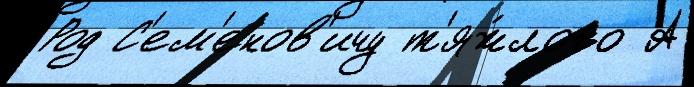
Род С'ем'енов'ичу т'яж́лого А